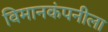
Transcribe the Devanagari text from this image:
विमानकंपनीला